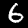
Label: 6